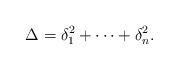
LaTeX: \begin{align*} \Delta = \delta_1^2+ \cdots + \delta_n^2. \end{align*}